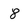
Character: 8